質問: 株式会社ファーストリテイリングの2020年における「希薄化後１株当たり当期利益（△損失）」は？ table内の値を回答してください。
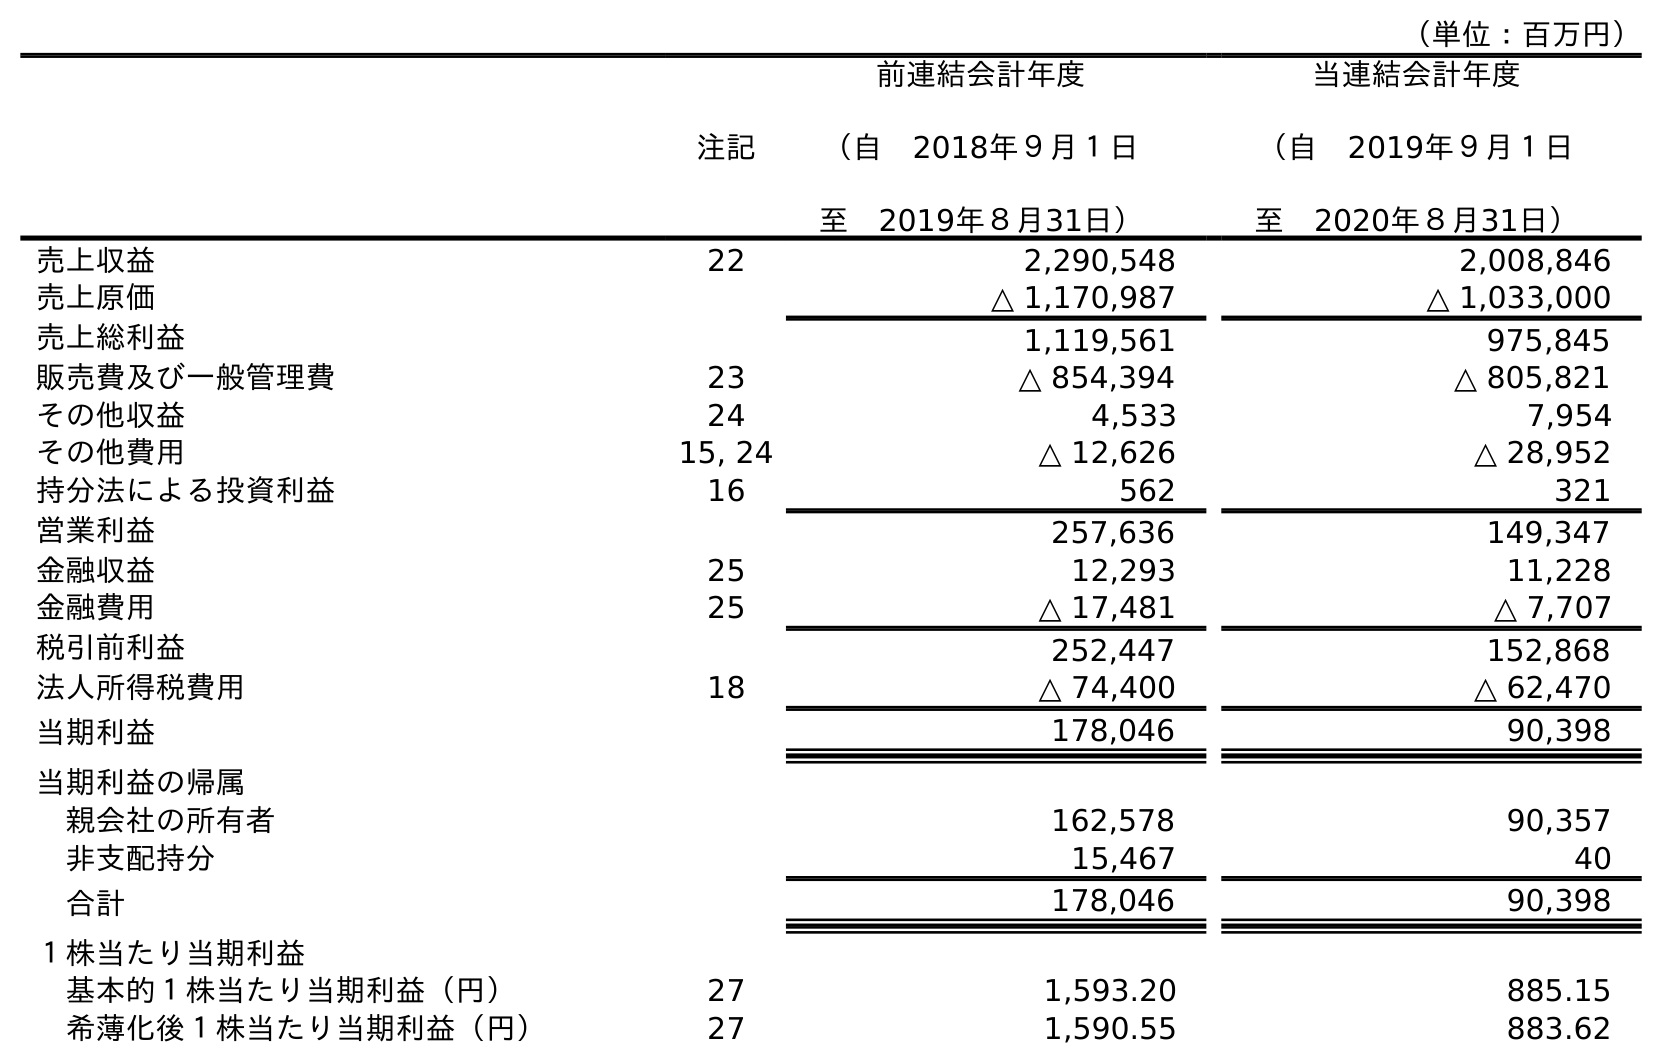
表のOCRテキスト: （単位：百万円） 注記 前連結会計年度 （自 2018年９月１日 至 2019年８月31日） 当連結会計年度 （自 2019年９月１日 至 2020年８月31日） 売上収益 22 2,290,548 2,008,846 売上原価 △ 1,170,987 △ 1,033,000 売上総利益 1,119,561 975,845 販売費及び一般管理費 23 △ 854,394 △ 805,821 その他収益 24 4,533 7,954 その他費用 15, 24 △ 12,626 △ 28,952 持分法による投資利益 16 562 321 営業利益 257,636 149,347 金融収益 25 12,293 11,228 金融費用 25 △ 17,481 △ 7,707 税引前利益 252,447 152,868 法人所得税費用 18 △ 74,400 △ 62,470 当期利益 178,046 90,398 当期利益の帰属 親会社の所有者 162,578 90,357 非支配持分 15,467 40 合計 178,046 90,398 １株当たり当期利益 基本的１株当たり当期利益（円） 27 1,593.20 885.15 希薄化後１株当たり当期利益（円） 27 1,590.55 883.62
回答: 883.62